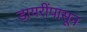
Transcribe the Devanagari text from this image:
डायरींपासून